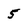
Character: 5